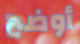
أوضح